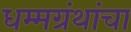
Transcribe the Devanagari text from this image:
धम्मग्रंथांचा